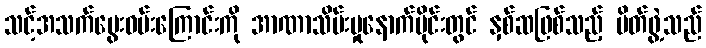
သင့်အသက်မွေးဝမ်းကြောင်းကို အာဏာသိမ်းမှုနောက်ပိုင်းတွင် နှစ်ဆဖြစ်သည့် မိတ်ဖွဲ့သည်